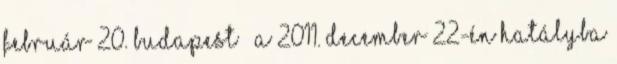
február 20. Budapest – A 2011. december 22-én hatályba